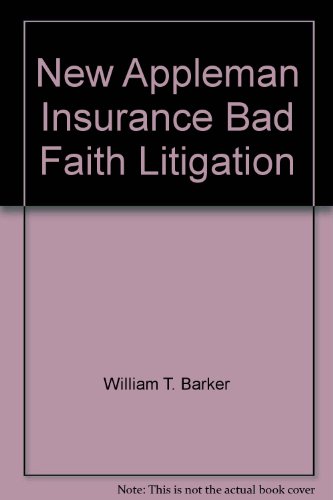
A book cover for New Appleman Insurance Bad Faith Litigation; Law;